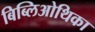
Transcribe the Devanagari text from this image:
बिब्लिओथिका